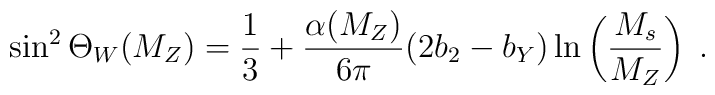
\sin^2\Theta_W (M_Z) = \frac{1}{3}+\frac{\alpha(M_Z)}{6\pi}                         (2b_2-b_Y)\ln\left(\frac{M_s}{M_Z}\right) \; .